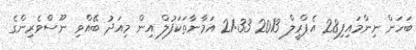
ބަހަން ނިންމައިފި28 އެޕްރީލް 2013 21:33 އަމާނާތަކަފުލް އިން މިއަދު ބޭއްވި ނޫސްވެރިންގެ